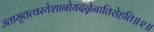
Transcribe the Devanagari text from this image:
उतामृतत्वस्येशानोयदन्नेनातिरोहति॥२॥